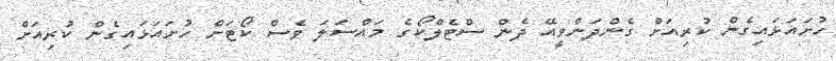
ހުށައަޅައިގެން ކުރިއަށް ގެންދަންވީއޭ ދެން ސްޓެލްކޯގެ މައްސަލަ ވެސް ކޯޓަށް ހުށައަޅައިގެން ކުރިއަށް